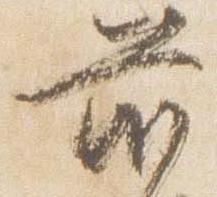
前